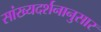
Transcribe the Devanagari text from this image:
सांख्यदर्शनानुसार